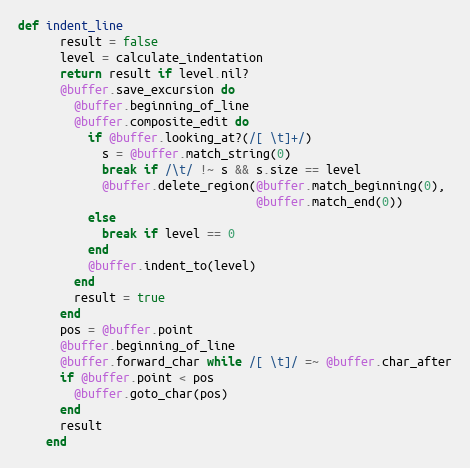
Language: Ruby
def indent_line
      result = false
      level = calculate_indentation
      return result if level.nil?
      @buffer.save_excursion do
        @buffer.beginning_of_line
        @buffer.composite_edit do
          if @buffer.looking_at?(/[ \t]+/)
            s = @buffer.match_string(0)
            break if /\t/ !~ s && s.size == level
            @buffer.delete_region(@buffer.match_beginning(0),
                                  @buffer.match_end(0))
          else
            break if level == 0
          end
          @buffer.indent_to(level)
        end
        result = true
      end
      pos = @buffer.point
      @buffer.beginning_of_line
      @buffer.forward_char while /[ \t]/ =~ @buffer.char_after
      if @buffer.point < pos
        @buffer.goto_char(pos)
      end
      result
    end